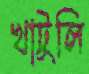
খাটুলি